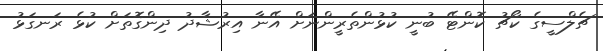
ޗެލްސީގެ ކޯޗު ކޮންޓޭ ބުނީ ކުޅުންތެރީންނަށް އޭނާ އިރުޝާދު ދިންގޮތަށް ކުޅެ ރަނގަޅު